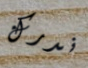
ندرك